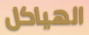
الهياكل